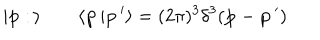
LaTeX: \vert { \bf p } : \, \rangle \qquad \langle { \bf p } \, \vert { \bf p } \, ^ { \prime } \rangle = ( 2 \pi ) ^ { 3 } \delta ^ { 3 } ( { \bf p } - { \bf p } \, ^ { \prime } )